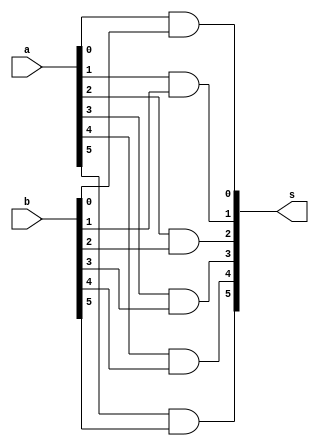
// -------------------------
// Exercicio0043  FULL ADDER (Igualdade)
// Nome: Pedro Henrique Alves M. de Carvalho
// -------------------------

// -------------------------
//  full adder
// -------------------------
module fullAdder (output [5:0] s,
						input [5:0] a,
						input [5:0] b);

// descrever por portas
 assign s [0] = (a[0] & b[0]);
 assign s [1] = (a[1] & b[1]);
 assign s [2] = (a[2] & b[2]);
 assign s [3] = (a[3] & b[3]);
 assign s [4] = (a[4] & b[4]);
 assign s [5] = (a[5] & b[5]);

endmodule // fullAdder

module test_fullAdder;
// ------------------------- definir dados
		reg [5:0] x;
		reg [5:0] y;
		wire [5:0] igual;
		
 fullAdder modulo (igual, x, y);

// ------------------------- parte principal
 initial begin
		$display("Exercicio 0043 - Pedro Henrique A. M. de Carvalho - 427452");
		$display("Test LU Igualdade");
		
		x = 6'b00110;		y = 6'b10001;

 #1 $display("%5b %5b = %5b", x, y, igual);

 end

endmodule // test_fullAdder